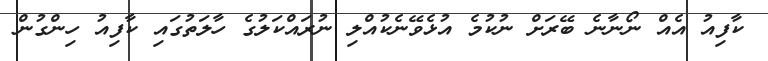
ކާފިއު އެއް ނޯނާނެ ބޭރަށް ނުކުމެ އުޅެވޭނެކުއްލި ނުރައްކަލުގެ ހާލަތުގައި ކާފިއު ހިންގުން